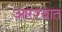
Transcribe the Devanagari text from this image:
आरश्यात